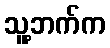
သူ့ဘက်က